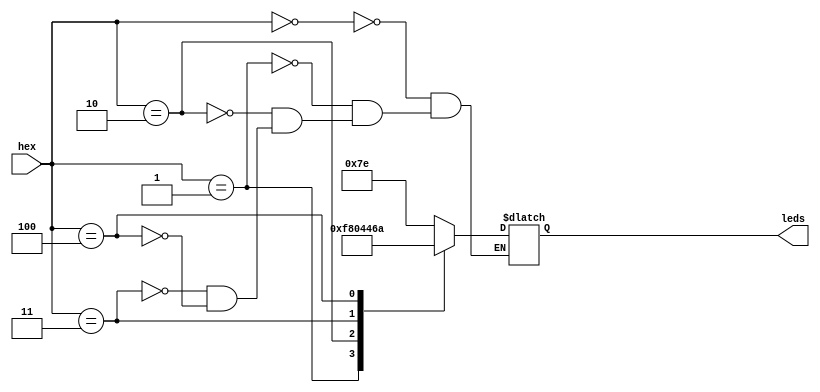
module hex7seg(hex, leds);
	
	input [3:1]hex;
	output reg [1:7]leds;
	parameter [3:1] closed = 3'b000, closed2 = 3'b001, open = 3'b010, alarm = 3'b011, new = 3'b100;
	
	always @ (hex)
		case (hex)
			closed: leds = 7'b1111110;
			closed2: leds = 7'b1111100;
			open: leds = 7'b0000001;
			alarm: leds = 7'b0001000;
			new: leds = 7'b1101010;
		endcase
		
		
endmodule